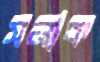
সনাক